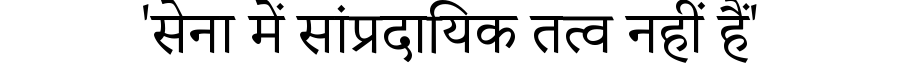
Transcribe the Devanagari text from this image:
'सेना में सांप्रदायिक तत्व नहीं हैं'